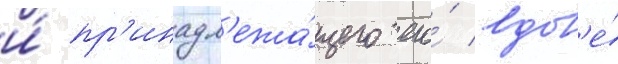
и́ пр'инадл'ежа́щего его́ вдов'е́